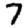
Digit: 7